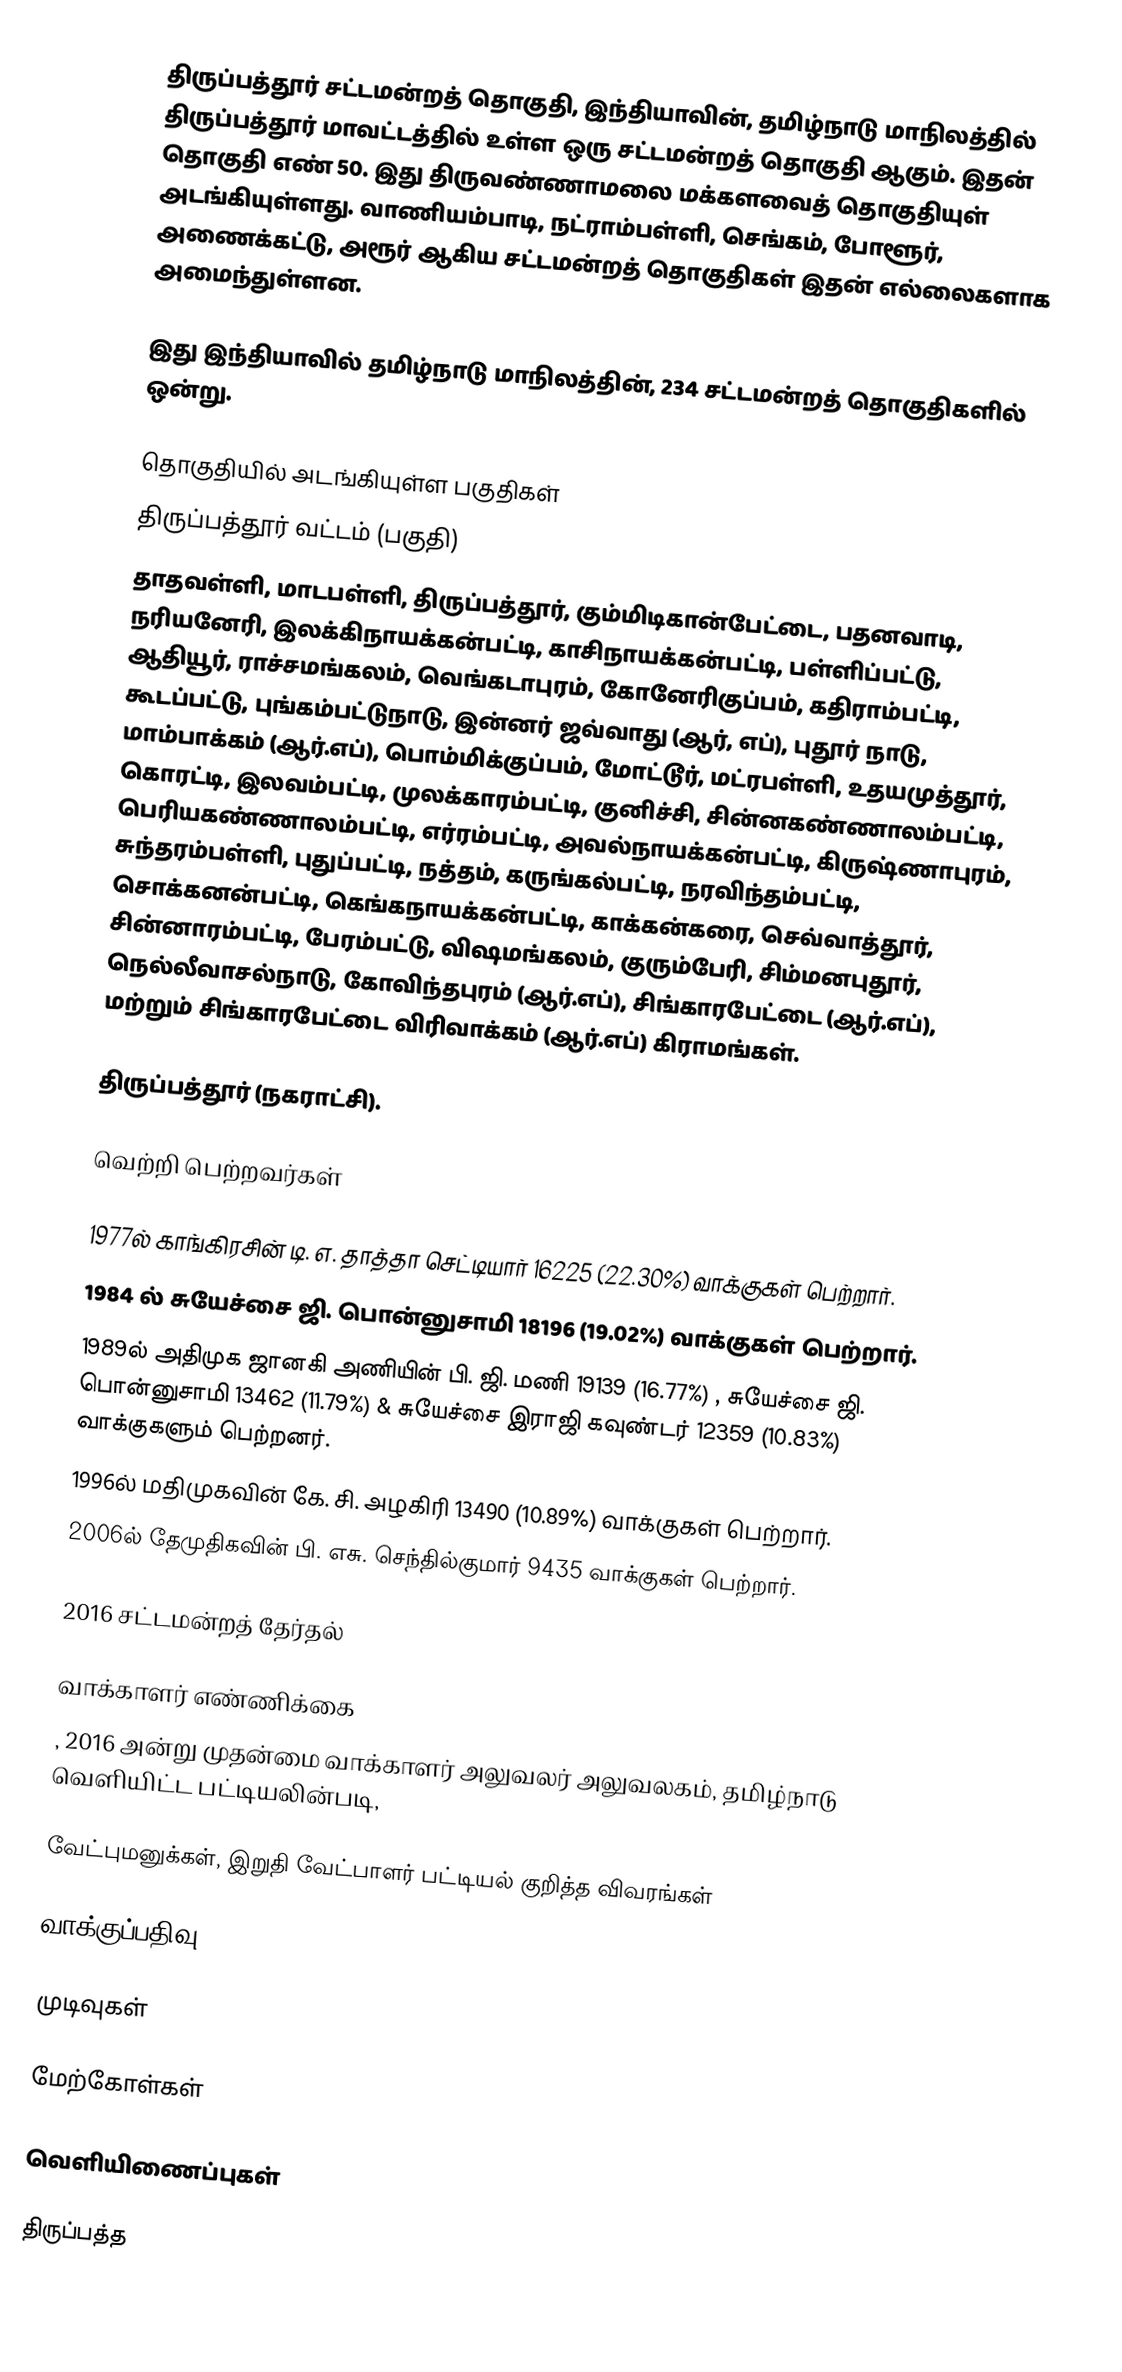
திருப்பத்தூர் சட்டமன்றத் தொகுதி, இந்தியாவின், தமிழ்நாடு மாநிலத்தில்  திருப்பத்தூர் மாவட்டத்தில் உள்ள ஒரு சட்டமன்றத் தொகுதி ஆகும். இதன் தொகுதி எண் 50. இது திருவண்ணாமலை மக்களவைத் தொகுதியுள் அடங்கியுள்ளது. வாணியம்பாடி, நட்ராம்பள்ளி, செங்கம், போளூர், அணைக்கட்டு, அரூர் ஆகிய சட்டமன்றத் தொகுதிகள் இதன் எல்லைகளாக அமைந்துள்ளன.

இது இந்தியாவில் தமிழ்நாடு மாநிலத்தின், 234 சட்டமன்றத் தொகுதிகளில் ஒன்று.

தொகுதியில் அடங்கியுள்ள பகுதிகள்
திருப்பத்தூர் வட்டம் (பகுதி)
தாதவள்ளி, மாடபள்ளி, திருப்பத்தூர், கும்மிடிகான்பேட்டை, பதனவாடி, நரியனேரி, இலக்கிநாயக்கன்பட்டி, காசிநாயக்கன்பட்டி, பள்ளிப்பட்டு, ஆதியூர், ராச்சமங்கலம், வெங்கடாபுரம், கோனேரிகுப்பம், கதிராம்பட்டி, கூடப்பட்டு, புங்கம்பட்டுநாடு, இன்னர் ஜவ்வாது (ஆர், எப்), புதூர் நாடு, மாம்பாக்கம் (ஆர்.எப்), பொம்மிக்குப்பம், மோட்டூர், மட்ரபள்ளி, உதயமுத்தூர், கொரட்டி, இலவம்பட்டி, முலக்காரம்பட்டி, குனிச்சி, சின்னகண்ணாலம்பட்டி, பெரியகண்ணாலம்பட்டி, எர்ரம்பட்டி, அவல்நாயக்கன்பட்டி, கிருஷ்ணாபுரம், சுந்தரம்பள்ளி, புதுப்பட்டி, நத்தம், கருங்கல்பட்டி, நரவிந்தம்பட்டி, சொக்கனன்பட்டி, கெங்கநாயக்கன்பட்டி, காக்கன்கரை, செவ்வாத்தூர், சின்னாரம்பட்டி, பேரம்பட்டு, விஷமங்கலம், குரும்பேரி, சிம்மனபுதூர், நெல்லீவாசல்நாடு, கோவிந்தபுரம் (ஆர்.எப்), சிங்காரபேட்டை (ஆர்.எப்), மற்றும் சிங்காரபேட்டை விரிவாக்கம் (ஆர்.எப்) கிராமங்கள்.

திருப்பத்தூர் (நகராட்சி).

வெற்றி பெற்றவர்கள்

 1977ல் காங்கிரசின் டி. எ. தாத்தா செட்டியார் 16225 (22.30%) வாக்குகள் பெற்றார்.
 1984 ல் சுயேச்சை ஜி. பொன்னுசாமி 18196 (19.02%) வாக்குகள் பெற்றார்.
 1989ல் அதிமுக ஜானகி அணியின் பி. ஜி. மணி 19139 (16.77%) , சுயேச்சை ஜி. பொன்னுசாமி 13462 (11.79%) & சுயேச்சை இராஜி கவுண்டர் 12359 (10.83%) வாக்குகளும் பெற்றனர்.
 1996ல் மதிமுகவின் கே. சி. அழகிரி 13490 (10.89%) வாக்குகள் பெற்றார்.
 2006ல்  தேமுதிகவின் பி. எசு. செந்தில்குமார் 9435 வாக்குகள் பெற்றார்.

2016 சட்டமன்றத் தேர்தல்

வாக்காளர் எண்ணிக்கை
, 2016 அன்று முதன்மை வாக்காளர் அலுவலர் அலுவலகம், தமிழ்நாடு வெளியிட்ட பட்டியலின்படி,

வேட்புமனுக்கள், இறுதி வேட்பாளர் பட்டியல் குறித்த விவரங்கள்

வாக்குப்பதிவு

முடிவுகள்

மேற்கோள்கள்

வெளியிணைப்புகள்

திருப்பத்த